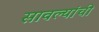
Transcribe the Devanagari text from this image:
सावल्यांची